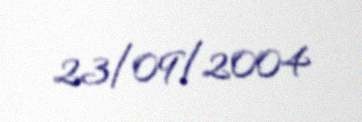
23/09/2004